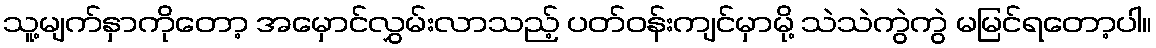
သူ့မျက်နှာကိုတော့ အမှောင်လွှမ်းလာသည့် ပတ်ဝန်းကျင်မှာမို့ သဲသဲကွဲကွဲ မမြင်ရတော့ပါ။